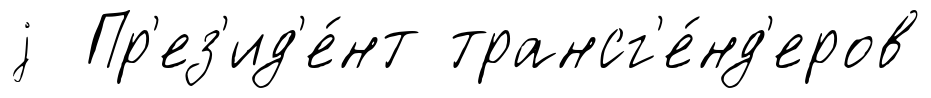
j Пр'ез'ид'е́нт трансг'е́нд'еров